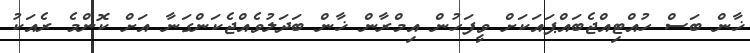
ޚާން ބަސް ހުއްޓިއްޖެބައްޕައަކަށް ވީފަހުން އިމްރާން ޚާން ބަދަލުވެއްޖެކަންގަނާ އަށް ކޮންމެ ރެއަކު